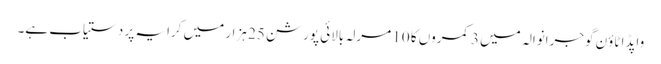
واپڈا ٹاؤن گوجرانوالہ میں 3 کمروں کا 10 مرلہ بالائی پورشن 25 ہزار میں کرایہ پر دستیاب ہے۔